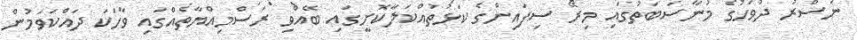
ނަސްރު ދުވަހުގެ މުނާސަބަތުގައި މިރޭ ސިފައިންގެ ކަޅުތުއްކަލާކޮށީގައި ބޭއްވި ރަސްމިއްޔާތެއްގައި ވާހަކަ ދައްކަވަމުން